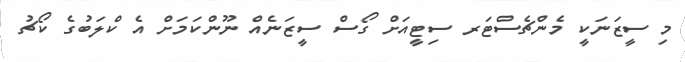
މި ސީޒަނަކީ މެންޗެސްޓަރ ސިޓީއަށް ގޯސް ސީޒަނެއް ނޫންކަމަށް އެ ކްލަބުގެ ކޯޗު